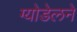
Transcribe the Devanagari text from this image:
ग्योडेलने